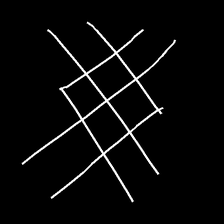
Glyph: crystal